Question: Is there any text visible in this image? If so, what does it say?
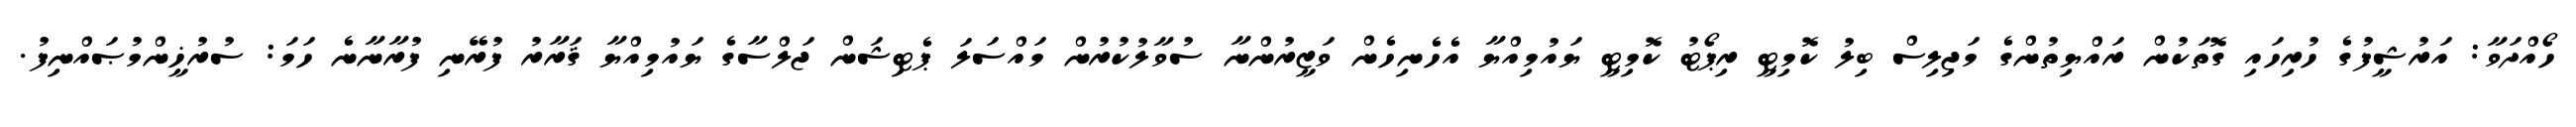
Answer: ހޯއްދަވާ: އަރުޝީފުގެ ހުރިހައި ގޮތަކުން ރައްޔިތުންގެ މަޖިލިސް ބިލު ކޮމިޓީ ރިޕޯޓު ކޮމިޓީ ޔައުމިއްޔާ އެހެނިހެން ވަޒީރުންނާ ސުވާލުކުރުން މައްސަލަ ޕެޓިޝަން ޖަލްސާގެ ޔައުމިއްޔާ ޤަރާރު ފުރޭނި ފުރާނާނެ ހަމަ: ސުރުޚީންމުޞައްނިފު.